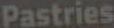
Pastries